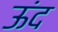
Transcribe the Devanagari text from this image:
ऊंद